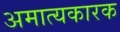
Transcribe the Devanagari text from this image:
अमात्यकारक